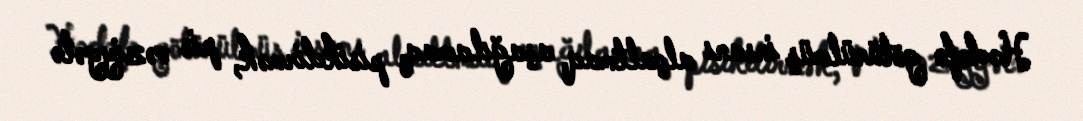
Hədəfə götürülmüş insanı alçaltmaq, aşağılamaq, pisikdirmək, pis vəziyyətə